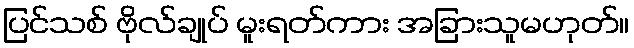
ပြင်သစ် ဗိုလ်ချုပ် မူးရတ်ကား အခြားသူမဟုတ်။